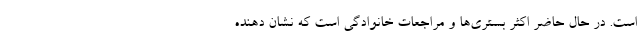
است. در حال حاضر اکثر بستری‌ها و مراجعات خانوادگی است که نشان دهنده